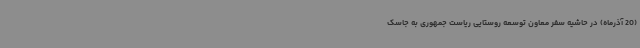
(20 آذرماه) در حاشیه سفر معاون توسعه روستایی ریاست جمهوری به جاسک